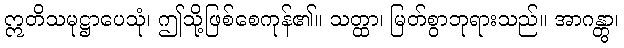
ဣတိသမုဋ္ဌာပေသုံ၊ ဤသို့ဖြစ်စေကုန်၏။ သတ္ထာ၊ မြတ်စွာဘုရားသည်။ အာဂန္တွာ၊